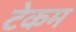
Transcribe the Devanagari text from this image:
टेकम